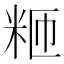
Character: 𫂸